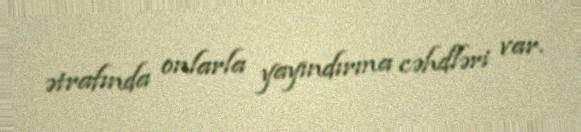
ətrafında onlarla yayındırma cəhdləri var.